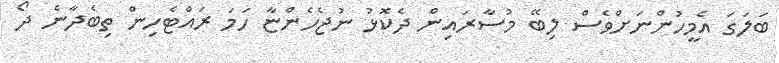
ބަލަގަ އެމީހުންނަށްވެސް ލިބޭ މުސާރައިން ދެކޮޅު ނުޖެހެންޏާ ހަމަ ރައްޓެހިން ތިބެދާނެ ދޯ